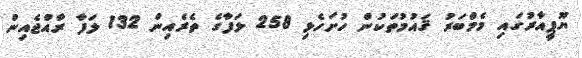
ޔޫޕީއާރުގައި މެމްބަރު ޤައުމުތަކުން ހުށަހެޅި 258 ލަފާގެ ތެރެއިން 132 ލަފާ ރާއްޖެއިން